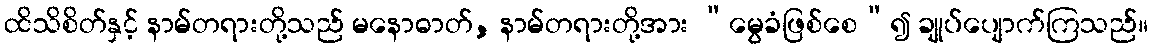
ထိသိစိတ်နှင့် နာမ်တရားတို့သည် မနောဓာတ်, နာမ်တရားတို့အား “မွေခံဖြစ်စေ”၍ ချုပ်ပျောက်ကြသည်။